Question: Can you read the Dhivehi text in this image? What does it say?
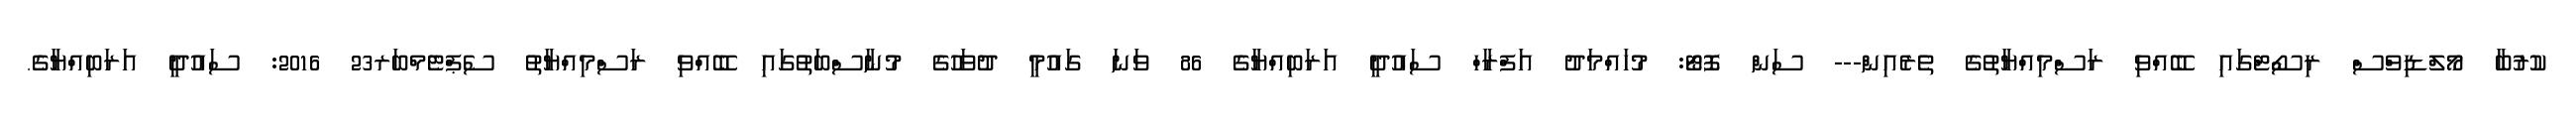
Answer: ކުރުބާ މޯލްޑިވްސް ރިސޯޓްގައި ބޭއްވި ރަސްމިއްޔާތުގެ ތެރެއިން--- ސަން ފޮޓޯ: މުހައްމަދު އަފްރާހް ސައުދީ އަރަބިއްޔާގެ 86 ވަނަ ގައުމީ ދުވަހުގެ މުނާސްބަތުގައި ބޭއްވި ރަސްމިއްޔާތު ސެޕްޓެމްބަރ23 2016: ސައުދީ އަރަބިއްޔާގެ.